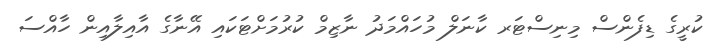
ކުރީގެ ޑިފެންސް މިނިސްޓަރ ކާނަލް މުހައްމަދު ނާޒިމް ކުރުމަށްޓަކައި އޭނާގެ އާއިލާއިން ހާއްސަ